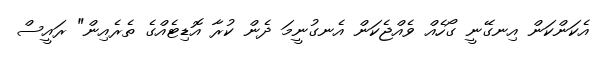
އެކަންކަން އިނގޭނީ ގޯހެއް ވެއްޖެކަން އެނގުނީމަ ދެން ކުރާ އޮޑިޓެއްގެ ތެރެއިން" ރައީސް